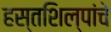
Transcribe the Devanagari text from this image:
हस्तशिल्पांचे